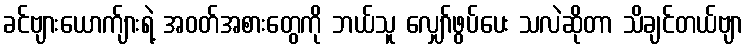
ခင်ဗျားယောက်ျားရဲ့ အဝတ်အစားတွေကို ဘယ်သူ လျှော်ဖွပ်ပေး သလဲဆိုတာ သိချင်တယ်ဗျာ